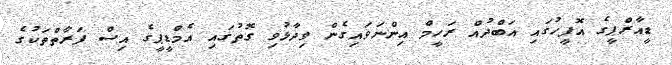
ޑީއާރްޕީގެ އޮފީހުގައި އަބްދުއް ރަހީމް އިންނަވައިގެން ވިދާޅުވި ގޮތުގައި އެމްޑީޕީގެ އިސް ފަރާތްތަކުގެ